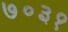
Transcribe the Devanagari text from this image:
७०३१